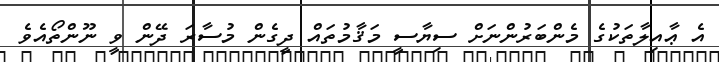
އެ ޢާއިލާތަކުގެ މެންބަރުންނަށް ސިޔާސީ މަޤާމުތައް ދީގެން މުސާރަ ދޭން ވީ ނޫންތޯއެވެ